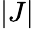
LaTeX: |J|